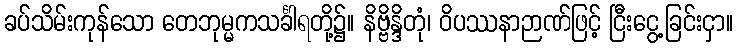
ခပ်သိမ်းကုန်သော တေဘုမ္မကသင်္ခါရတို့၌။ နိဗ္ဗိန္ဒိတုံ၊ ဝိပဿနာဉာဏ်ဖြင့် ငြီးငွေ့ခြင်းငှာ။